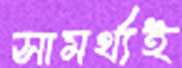
সামর্থ্যই